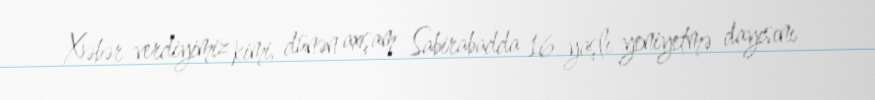
Xəbər verdiyimiz kimi, dünən axşam Sabirabadda 16 yaşlı yeniyetmə dayısını